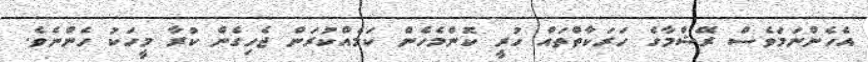
އެހެންނަމަވެސް ރޭޝްމާގެ ހަރަކާތްތައް ހުރީ ކޮންމެހެން ކަމެއްކުރަން ޖެހިގެން ކުރާ މީހަކު ހެންނެވެ.